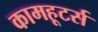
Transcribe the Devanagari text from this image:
कामहूटर्स